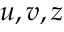
u , v , z